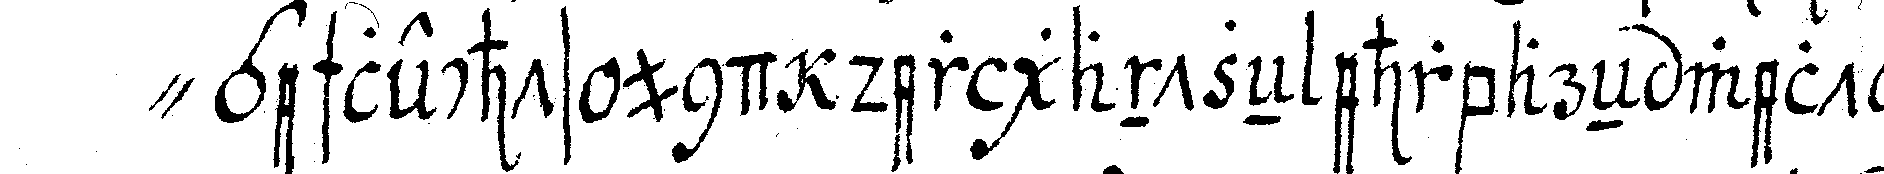
" geschlechts und der gantzeN ehrbareN welt auch